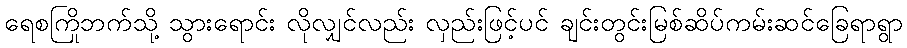
ရေစကြိုဘက်သို့ သွားရောင်း လိုလျှင်လည်း လှည်းဖြင့်ပင် ချင်းတွင်းမြစ်ဆိပ်ကမ်းဆင်ခြေရာရွာ